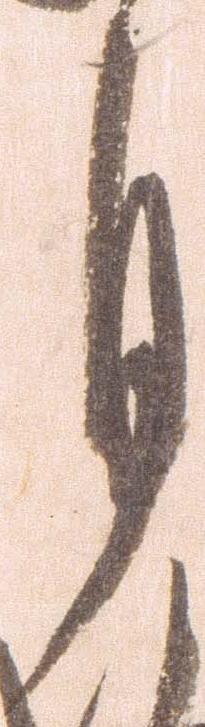
月